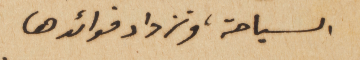
السياحة، وتزداد فوائدها.